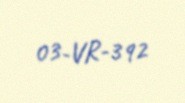
03-VR-392